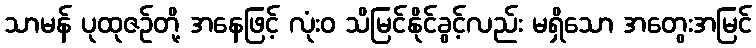
သာမန် ပုထုဇဉ်တို့ အနေဖြင့် လုံးဝ သိမြင်နိုင်ခွင့်လည်း မရှိသော အတွေးအမြင်